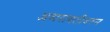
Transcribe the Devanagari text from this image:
अमरावतीवरुन